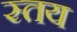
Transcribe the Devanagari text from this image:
स्तय